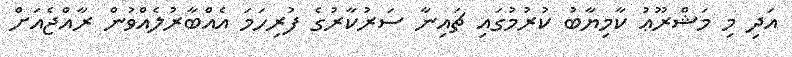
އަދި މި މަޝްރޫޢު ކާމިޔާބު ކުރުމުގައި ޗައިނާ ސަރުކާރުގެ ފުރިހަމަ އެއްބާރުލެއްވުން ރާއްޖެއަށް